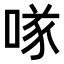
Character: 𠸌